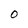
Character: 0